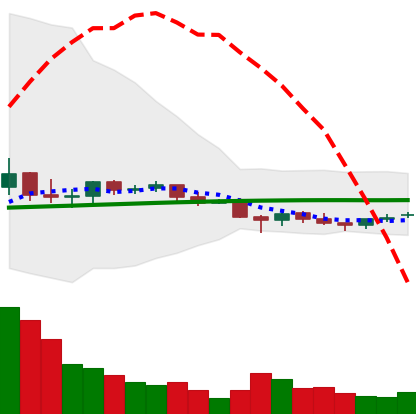
Ticker: EOS-USD
Chart end date: 2021-06-15
Forward return: -14.522%
Label: down_7plus